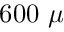
6 0 0 ~ \mu